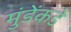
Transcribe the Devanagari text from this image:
मुंडेंकडे